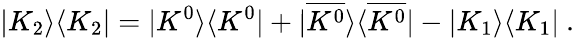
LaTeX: |K_{2}\rangle\langle K_{2}|=|K^{0}\rangle\langle K^{0}|+|\overline{{{K^{0}}}}\rangle\langle\overline{{{K^{0}}}}|-|K_{1}\rangle\langle K_{1}|\ .